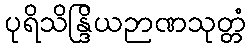
ပုရိသိန္ဒြိယဉာဏသုတ္တံ